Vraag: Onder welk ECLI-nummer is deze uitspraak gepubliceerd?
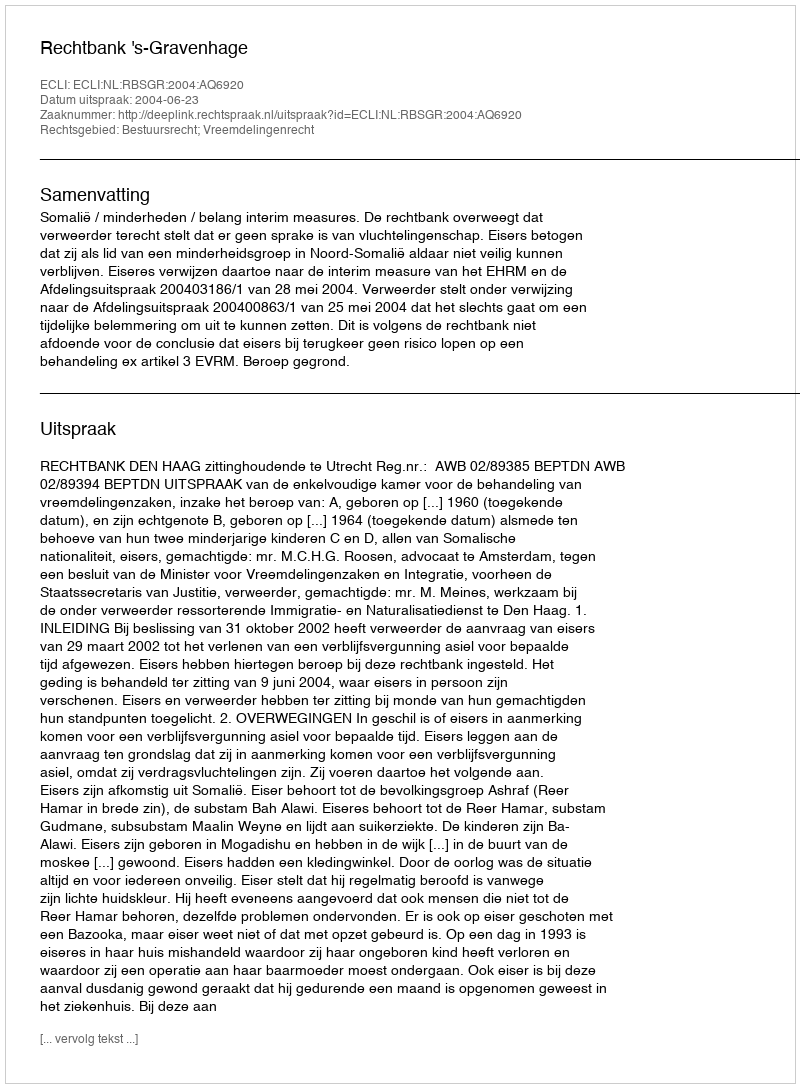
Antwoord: ECLI:NL:RBSGR:2004:AQ6920